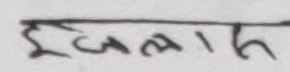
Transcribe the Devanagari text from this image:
इजलास